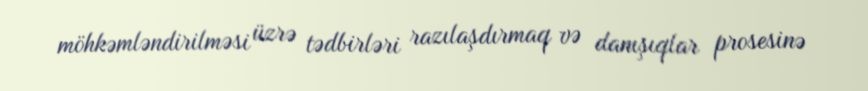
möhkəmləndirilməsi üzrə tədbirləri razılaşdırmaq və danışıqlar prosesinə